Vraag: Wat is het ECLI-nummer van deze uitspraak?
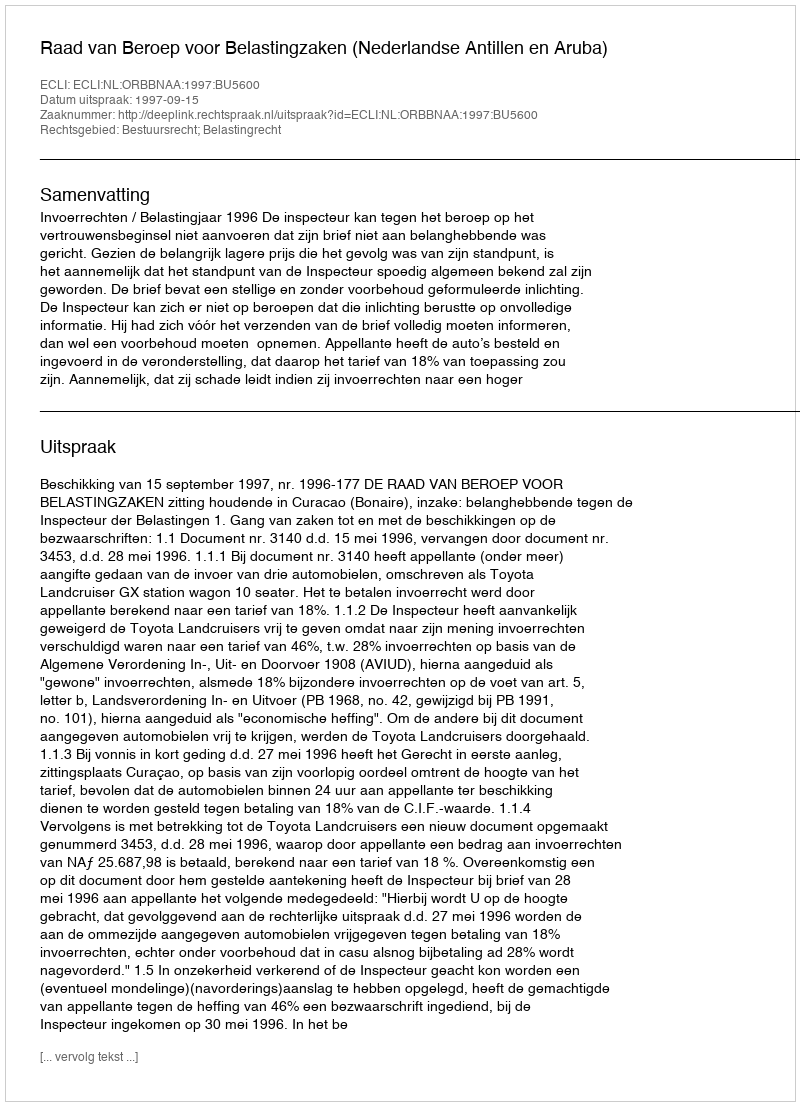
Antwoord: ECLI:NL:ORBBNAA:1997:BU5600